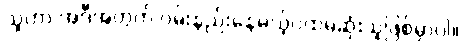
သူဟာ အဲဒီအတွက် ဝမ်းနည်းနေမယ့်ပထမဆုံးသူဖြစ်မှာပါ။